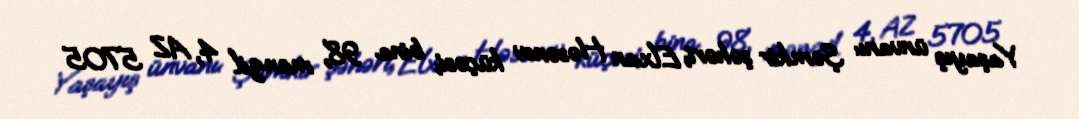
Yaşayış ünvanı: Şəmkir şəhəri, Elxan Həsənov küçəsi, bina 98, mənzil 4, AZ 5705